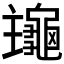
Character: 𪚹